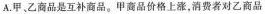
A. 甲、乙商品是互补商品。甲商品价格上涨，消费者对乙商品